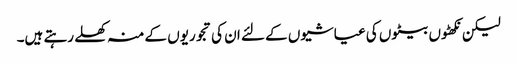
لیکن نکھٹوں بیٹوں کی عیاشیوں کے لئے ان کی تجوریوں کے منہ کھلے رہتے ہیں۔